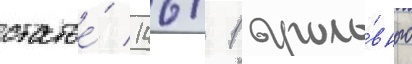
статье́ 146/ 1 уголо́вного